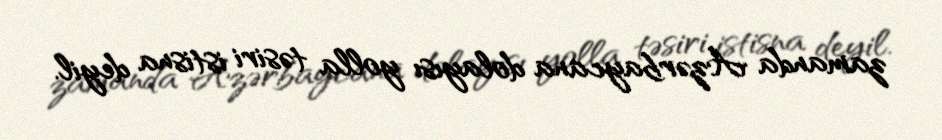
zamanda Azərbaycana dolayısı yolla təsiri istisna deyil.